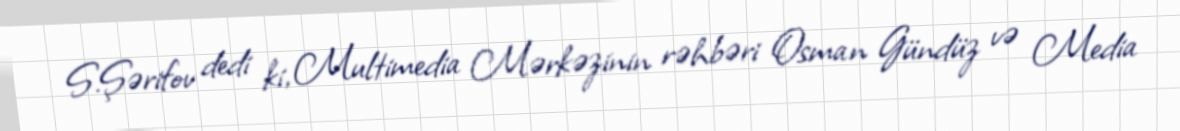
S.Şərifov dedi ki, Multimedia Mərkəzinin rəhbəri Osman Gündüz və Media